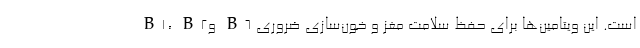
B1، B2و B6 است. این ویتامین‌ها برای حفظ سلامت مغز و خون‌سازی ضروری